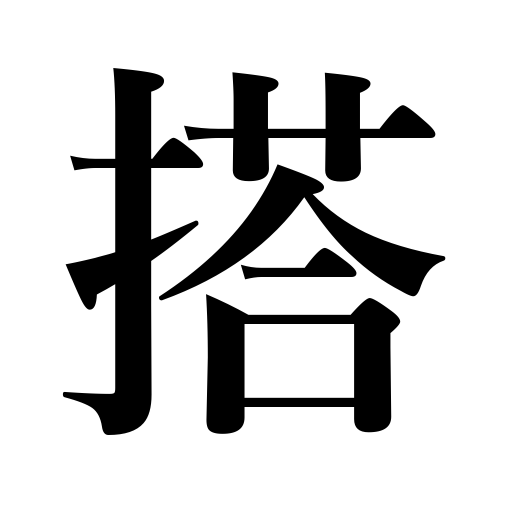
Meanings: ride,load a vehicle